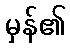
မှန်၏